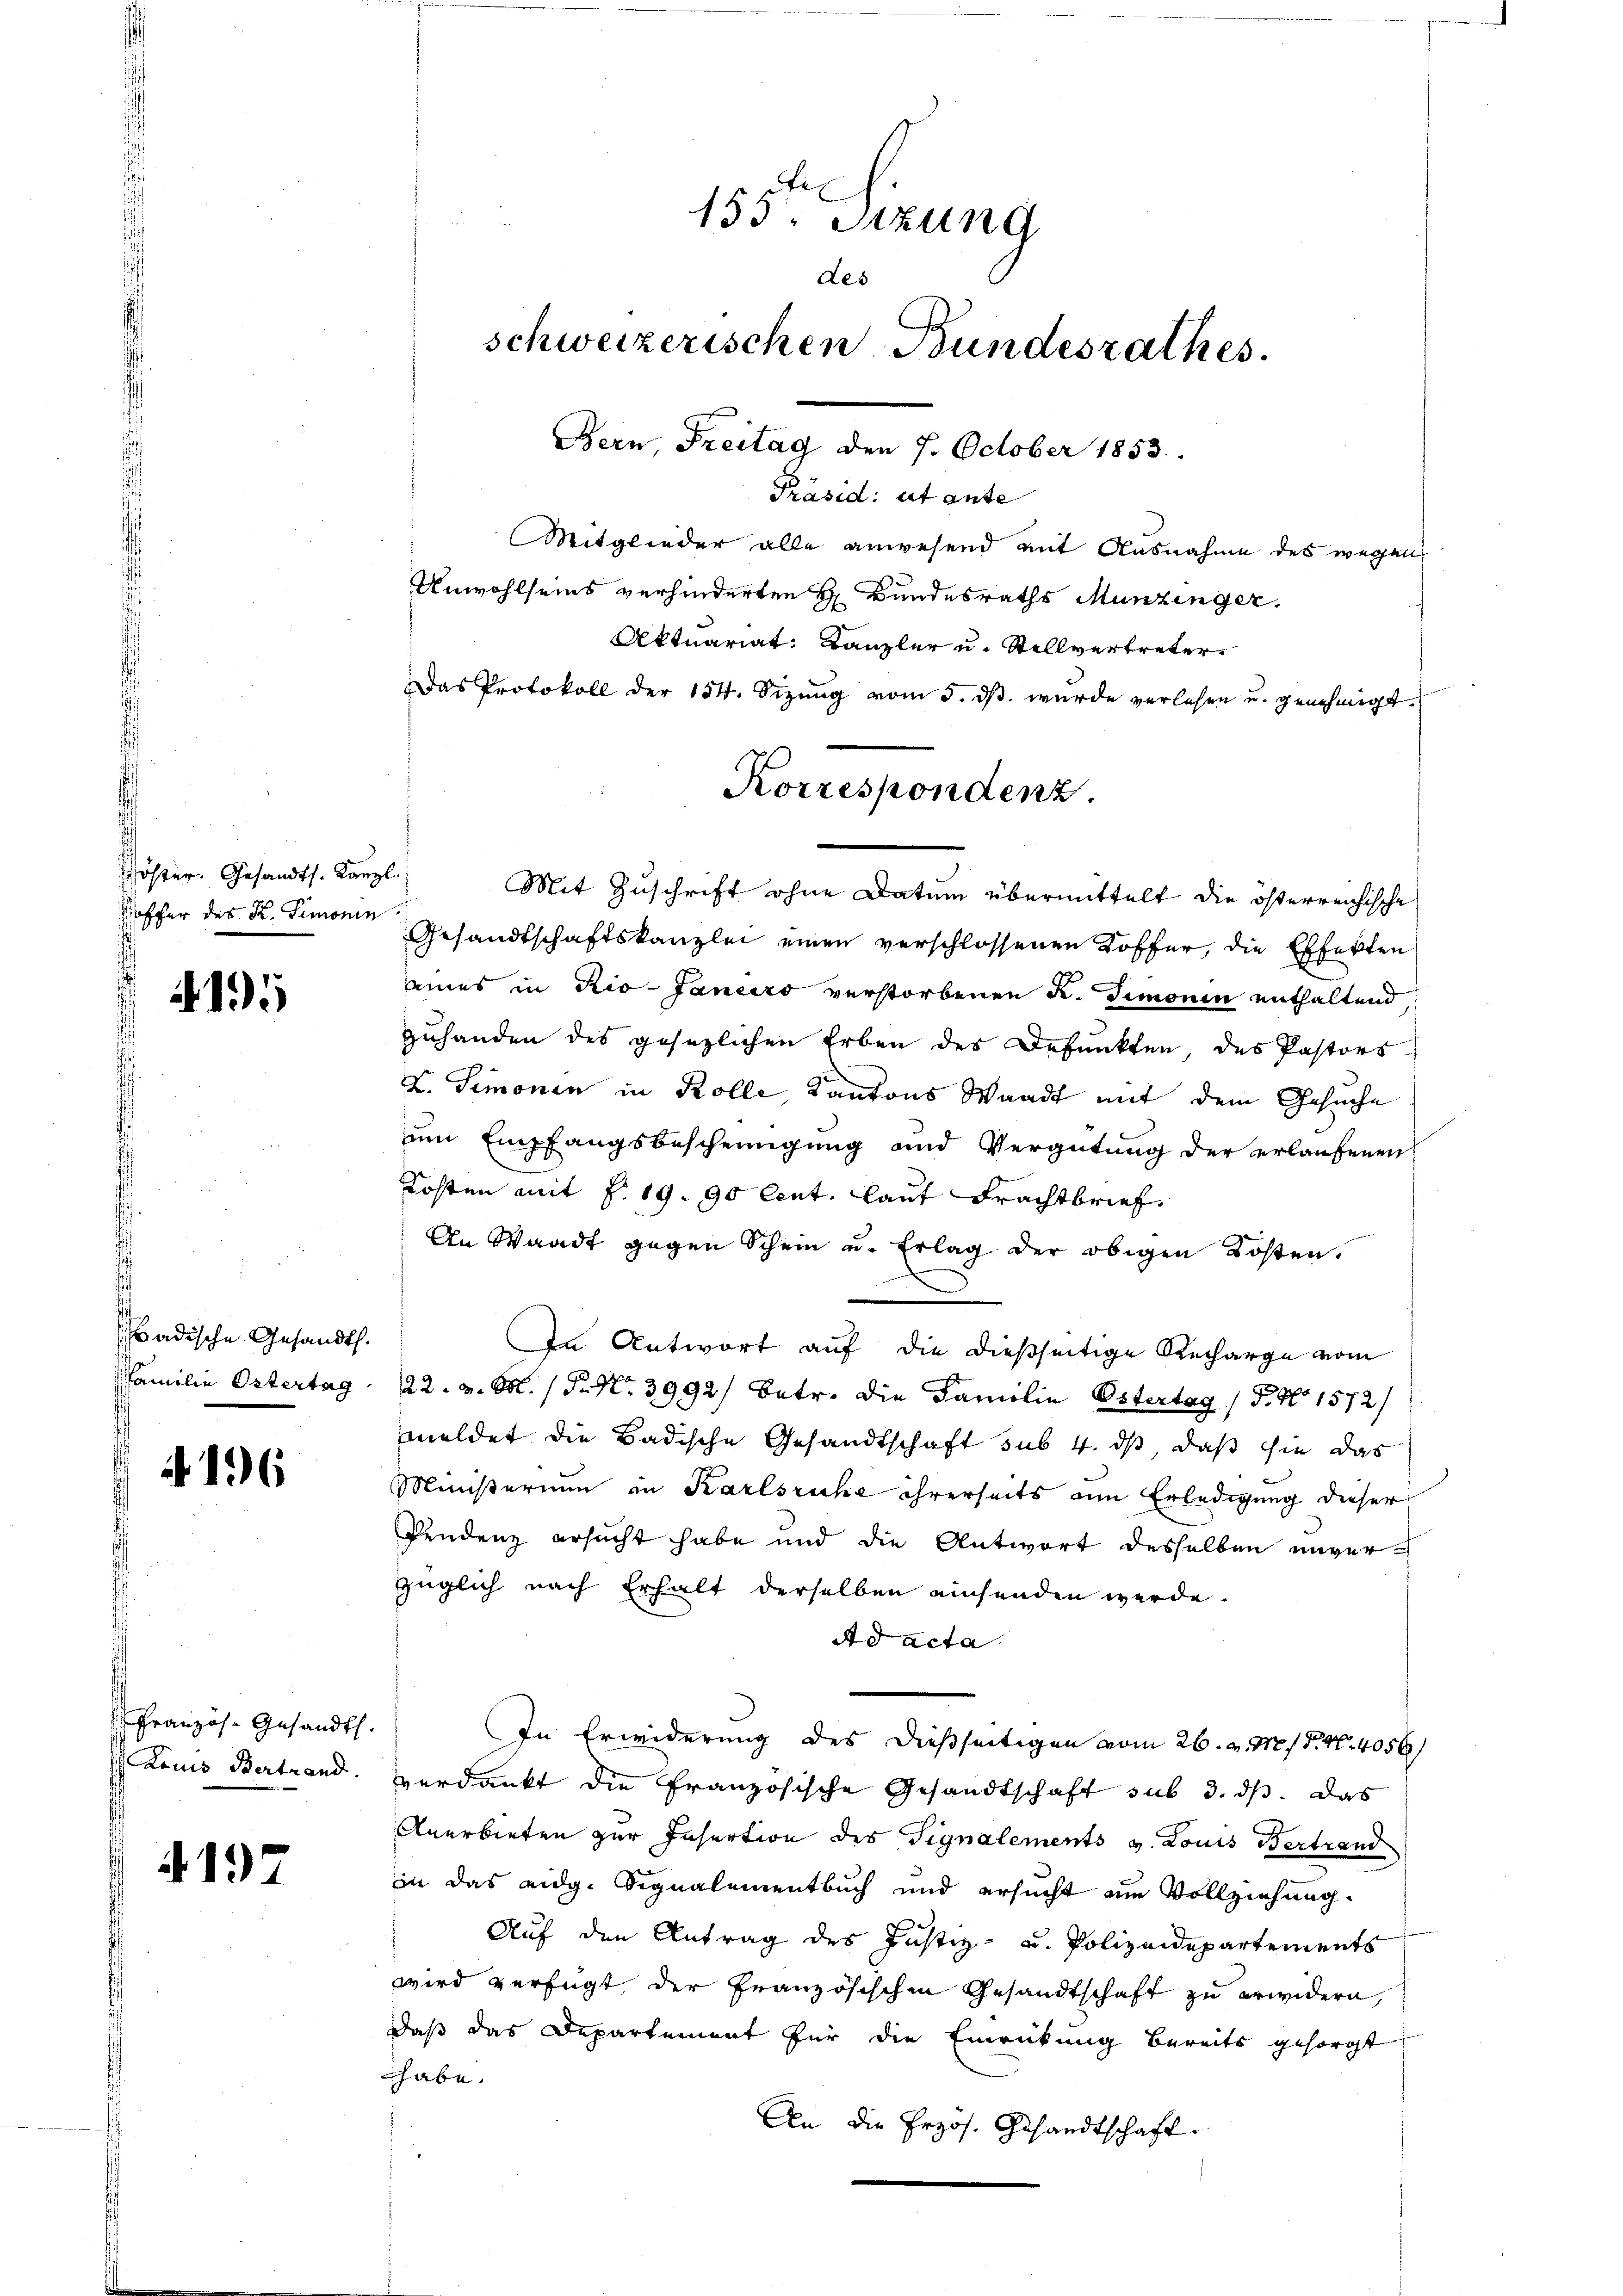
öster. Gesandts. Kanzl
ofer des K. Simonin

4195

Badische Gesandt.
Familie Ostertag

4196

Franzos. Gesandt.
Louis Bertrand.

4197

Mitglieder alle anwesend mit Ausnahme des wegen
Unwohlseins verhinderten H. Bundesraths Munzinger.
Aktuariat, Kanzler u. Stellvertreter
Das Protokoll der 154. Sizŭng vom 5. dβ. wurde verlesen u. genehmigt
Mit Zuschrift ohne Datum übermittelt die öfterreichische
Gesandtschaftskanzlei einen verschlossenen Koffer, die Effekten
eines in Rio-Janeiro verstorbenen K. Simonin enthaltend
zuhanden des gesezlichen Erben des Defunkten, des Pastors
V. Simonen in Kolle, Kantons Waadt mit dem Gesuche
um Empfangsbescheinigung und Vergütung der erlaufenen
Kosten mit §. 19. 90 Cent, laut Frachtbrief.
An Waadt gegen Schein u. Erlag der obigen Kosten.
In Antwort auf die dießseitige Recharge vom
22. v. M. P. Nr. 3992) Betr. die Familie Ostertag (S. 9 1572/
meldet die Badische Gesandtschaft sub 4. ds, daß sie das
Ministerium in Karlsruhe ihrerseits am Erledigung dieser
Pendenz ersucht habe und die Antwort desselben unverzüglich nach Erhalt derselben einsenden werde.
Ad acta.
In Erwiderung des dießseitigen vom 26. v. M. P. Nr. 4056
verdankt die Französische Gesandtschaft sub 3. ds. das
Anerbieten zur Insertion des Signalements v. Louis Bertrand
in das eidg. Signalementbuch und ersucht um Vollziehung.
Auf den Antrag des Justiz- u. Polizeidepartements
wird verfügt, der Französischen Gesandtschaft zu erwidern,
daß das Departement für die Einrückung bereits gesorgt
habe.
An die Erzos. Gesandtschaft

155. Sitzung
des
schweizerischen Bundesrathes.
Bern, Freitag den 7. October 1853.
Präsid: ut ante

Korrespondenz